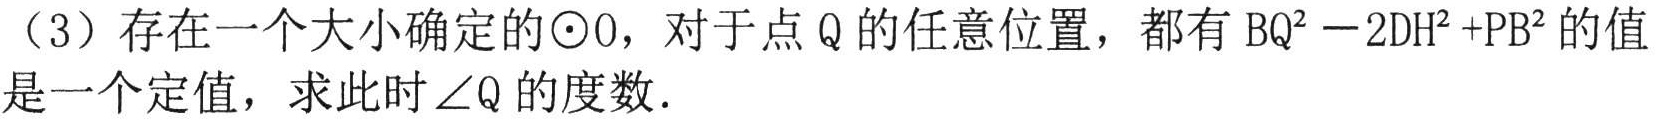
（3）存在一个大小确定的\(\odot O\)，对于点\(Q\)的任意位置，都有\(BQ^{2}-2DH^{2}+PB^{2}\)的值是一个定值，求此时\(\angle Q\)的度数．